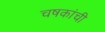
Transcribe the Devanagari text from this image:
चषकांची